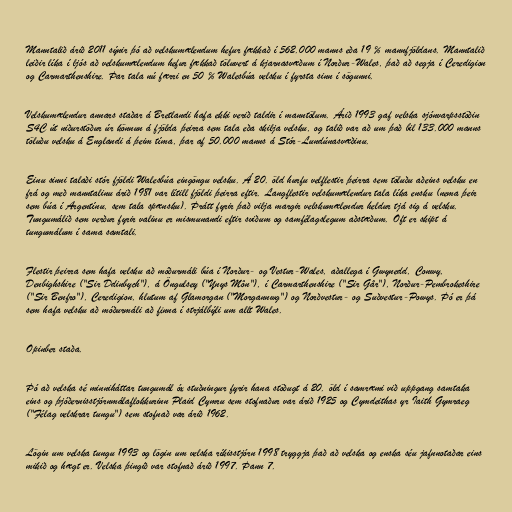
Manntalið árið 2011 sýnir þó að velskumælendum hefur fækkað í 562.000 manns eða 19 % mannfjöldans. Manntalið
leiðir líka í ljós að velskumælendum hefur fækkað töluvert á kjarnasvæðum í Norður-Wales, það að segja í Ceredigion
og Carmarthenshire. Þar tala nú færri en 50 % Walesbúa velsku í fyrsta sinn í sögunni.

Velskumælendur annars staðar á Bretlandi hafa ekki verið taldir í manntölum. Árið 1993 gaf velska sjónvarpsstöðin
S4C út niðurstöður úr könnun á fjölda þeirra sem tala eða skilja velsku, og talið var að um það bil 133.000 manns
töluðu velsku á Englandi á þeim tíma, þar af 50.000 manns á Stór-Lundúnasvæðinu.

Einu sinni talaði stór fjöldi Walesbúa eingöngu velsku. Á 20. öld hurfu velflestir þeirra sem töluðu aðeins velsku en
frá og með manntalinu árið 1981 var lítill fjöldi þeirra eftir. Langflestir velskumælendur tala líka ensku (nema þeir
sem búa í Argentínu, sem tala spænsku). Þrátt fyrir það vilja margir velskumælendur heldur tjá sig á velsku.
Tungumálið sem verður fyrir valinu er mismunandi eftir sviðum og samfélagslegum aðstæðum. Oft er skipt á
tungumálum í sama samtali.

Flestir þeirra sem hafa velsku að móðurmáli búa í Norður- og Vestur-Wales, aðallega í Gwynedd, Conwy,
Denbighshire ("Sir Ddinbych"), á Öngulsey ("Ynys Môn"), í Carmarthenshire ("Sir Gâr"), Norður-Pembrokeshire
("Sir Benfro"), Ceredigion, hlutum af Glamorgan ("Morgannwg") og Norðvestur- og Suðvestur-Powys. Þó er þá
sem hafa velsku að móðurmáli að finna í strjálbýli um allt Wales.

Opinber staða.

Þó að velska sé minniháttar tungumál óx stuðningur fyrir hana stöðugt á 20. öld í samræmi við uppgang samtaka
eins og þjóðernisstjórnmálaflokkurinn Plaid Cymru sem stofnaður var árið 1925 og Cymdeithas yr Iaith Gymraeg
("Félag velskrar tungu") sem stofnað var árið 1962.

Lögin um velska tungu 1993 og lögin um velska ríkisstjórn 1998 tryggja það að velska og enska séu jafnnotaðar eins
mikið og hægt er. Velska þingið var stofnað árið 1997. Þann 7.